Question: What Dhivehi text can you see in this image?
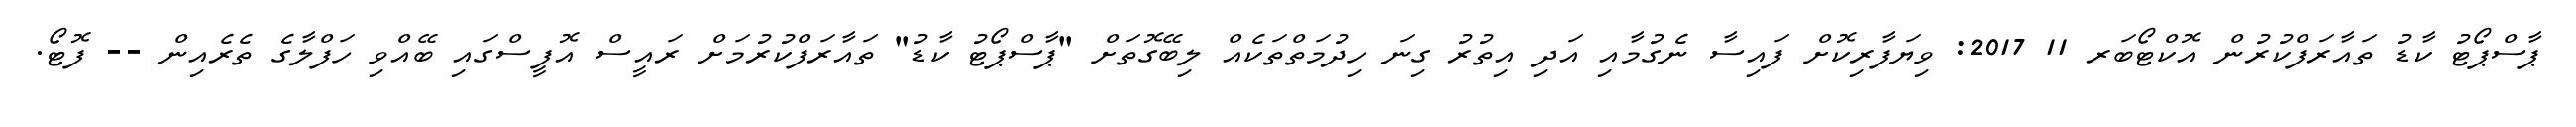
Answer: ޕާސްޕޯޓު ކާޑު ތައާރަފްކުރުން އޮކްޓޯބަރ 11 2017: ވިޔަފާރިކޮށް ފައިސާ ނެގުމާއި އަދި އިތުރު ގިނަ ހިދުމަތްތަކެއް ލިބޭގޮތަށް "ޕާސްޕޯޓު ކާޑު" ތައާރަފްކުރުމަށް ރައީސް އޮފީސްގައި ބޭއްވި ހަފްލާގެ ތެރެއިން -- ފޮޓޯ.